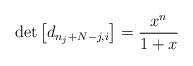
LaTeX: \begin{align*}\det\left[d_{n_{j}+N-j,i}\right] = \frac{x^{n}}{1+x}\end{align*}